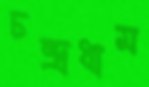
চন্দ্রধাম